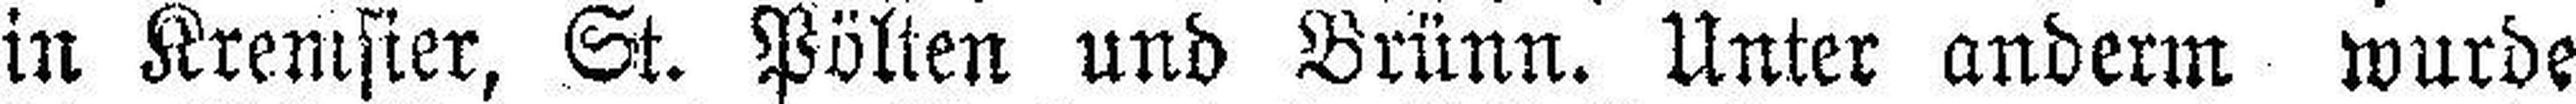
in Kremsier, St. Pölten und Brünn. Unter anderm wurde